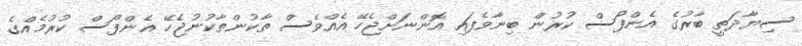
ސިޔާދަތީ ބާރުގެ އެންފޯސް ކުރުން ބިނާވެފައި އޮންނަށްޖެހޭ އެއްވެސް ތާކުންތާކުނުޖެހޭ އެންފޯސް ކުރުމެއްގެ